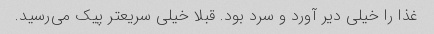
غذا را خیلی دیر آورد و سرد بود‌. قبلا خیلی سریعتر پیک می‌رسید.